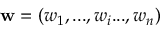
\mathbf { w } = ( w _ { 1 } , . . . , w _ { i } . . . , w _ { n } )